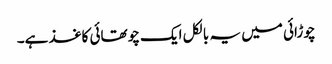
چوڑائی میں یہ بالکل ایک چوتھائی کاغذ ہے۔